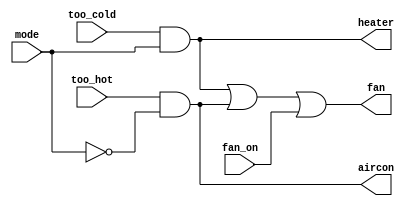
//2022_10_31 kerong
//Thermostat
module top_module (
    input too_cold,
    input too_hot,
    input mode,
    input fan_on,
    output heater,
    output aircon,
    output fan
); 

assign heater = too_cold & mode;
assign aircon = too_hot & (~mode);
assign fan = heater | aircon | fan_on;

endmodule